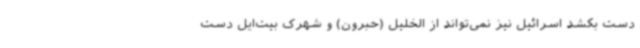
دست بکشد اسرائیل نیز نمی‌تواند از الخلیل (حبرون) و شهرک بیت‌ایل دست